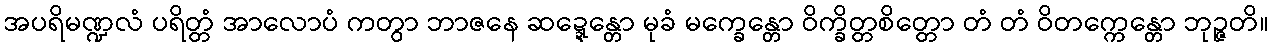
အပရိမဏ္ဍလံ ပရိတ္တံ အာလောပံ ကတွာ ဘာဇနေ ဆဍ္ဍေန္တော မုခံ မက္ခေန္တော ဝိက္ခိတ္တစိတ္တော တံ တံ ဝိတက္ကေန္တော ဘုဉ္ဇတိ။